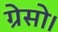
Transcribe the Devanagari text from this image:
ग्रेसो।